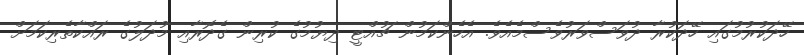
ހޭދަކުރުމުގައި ހޭދަކުރާ ދުވަސްވަރުވެސްމެއެވެ. އެހެންކަމުން ޗުއްޓީ ދިޔުމުގެ ކުރިން ގެދޮރާއި މުދަލުގެ ރައްކާތެރިކަމަށް